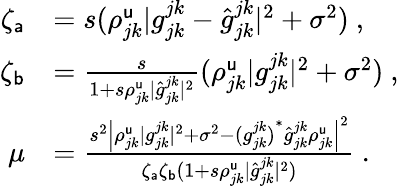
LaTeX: \begin{array}{rl}{\zeta_{\mathsf{a}}}&{=s(\rho_{jk}^{\mathsf{u}}|g_{jk}^{jk}-\widehat{g}_{jk}^{jk}|^{2}+\sigma^{2})\ ,}\\ {\zeta_{\mathsf{b}}}&{=\frac{s}{1+s\rho_{jk}^{\mathsf{u}}|\widehat{g}_{jk}^{jk}|^{2}}(\rho_{jk}^{\mathsf{u}}|g_{jk}^{jk}|^{2}+\sigma^{2})\ ,}\\ {\mu}&{=\frac{s^{2}\left|{\rho_{jk}^{\mathsf{u}}|g_{jk}^{jk}|^{2}+\sigma^{2}-{(g_{jk}^{jk})}^{\ast}\widehat{g}_{jk}^{jk}\rho_{jk}^{\mathsf{u}}}\right|^{2}}{\zeta_{\mathsf{a}}\zeta_{\mathsf{b}}(1+s\rho_{jk}^{\mathsf{u}}|\widehat{g}_{jk}^{jk}|^{2})}\ .}\end{array}